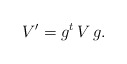
\begin{align*} V' = g^t \, V \, g .\end{align*}